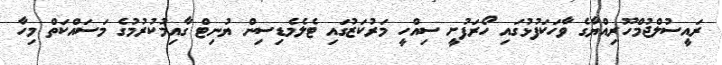
ރައީސުލްޖުމްހޫރިއްޔާގެ ވާހަކަފުޅުގައި ހޯރަފުށީ ސިއްހީ މަރުކަޒުގައި ޓެލެމެޑިސިން ޔުނިޓް ގާއިމުކުރުމުގެ މަސައްކަތް މިހާ